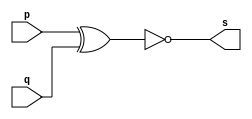
// --------------------- 
// Exercicio0003 - nxor 
// Nome: Gabriel Luiz M. G. Vieira 
// --------------------- 
// --------------------- 
// -- nxor gate 
// --------------------- 
module nxorgate (output s, 
input p, 
input q); 
assign s = ~(p ^ q); 
endmodule // nxor 
// --------------------- 
// -- test nxorgate 
// --------------------- 
module testnxorgate; 
// ------------------------- dados locais 
reg a,b; // definir registrador 
wire s; // definir conexao (fio) 
// ------------------------- instancia 
nxorgate NXOR1 (s, a, b); 
// ------------------------- preparacao 
initial begin:start 
a=0;
b=0;  
end 
// ------------------------- parte principal 
initial begin:main 
$display("Exercicio0003 - Gabriel Luiz M. G. Vieira - 441691"); 
$display("Test nxor gate");
$display("\n ~(a ^ b) = s\n");  
$monitor("~(%b ^ %b) = %b", a, b, s); 
#1 a=0; b=0; 
#1 a=0; b=1; 
#1 a=1; b=0; 
#1 a=1; b=1;  
end 
endmodule // testxorgate